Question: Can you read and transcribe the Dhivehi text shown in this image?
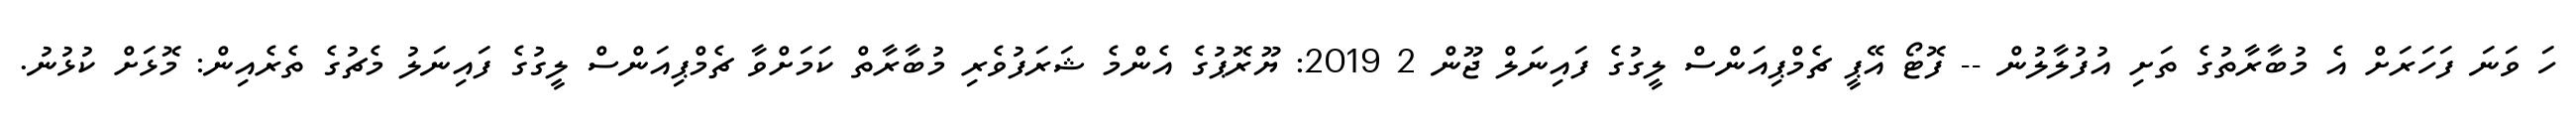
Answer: ހަ ވަނަ ފަހަރަށް އެ މުބާރާތުގެ ތަށި އުފުލާލުން -- ފޮޓޯ އޭޕީ ޗެމްޕިއަންސް ލީގުގެ ފައިނަލް ޖޫން 2 2019: ޔޫރޮޕުގެ އެންމެ ޝަރަފުވެރި މުބާރާތް ކަމަށްވާ ޗެމްޕިއަންސް ލީގުގެ ފައިނަލު މެޗުގެ ތެރެއިން: މޮޅަށް ކުޅުނު.